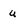
Character: u